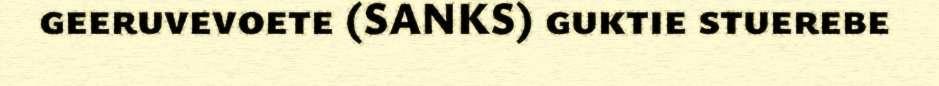
geeruvevoete (SANKS) guktie stuerebe